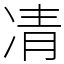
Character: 凊